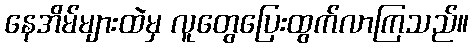
နေအိမ်များထဲမှ လူတွေပြေးထွက်လာကြသည်။